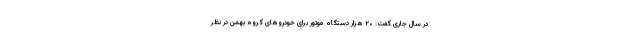
در سال جاری گفت: ۲۰ هزار دستگاه موتور برای خودروهای گروه بهمن در نظر